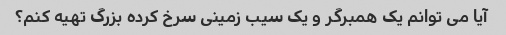
آیا می توانم یک همبرگر و یک سیب زمینی سرخ کرده بزرگ تهیه کنم؟